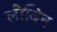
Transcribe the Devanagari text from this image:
लोबिन